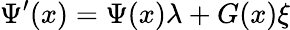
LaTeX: \Psi^{\prime}(x)=\Psi(x)\lambda+G(x)\xi